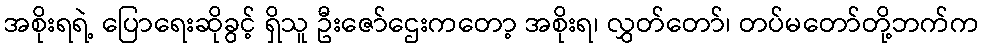
အစိုးရရဲ့ ပြောရေးဆိုခွင့် ရှိသူ ဦးဇော်ဌေးကတော့ အစိုးရ၊ လွှတ်တော်၊ တပ်မတော်တို့ဘက်က